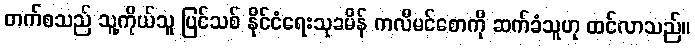
တက်စသည် သူ့ကိုယ်သူ ပြင်သစ် နိုင်ငံရေးသုခမိန် ကလီမင်စောကို ဆက်ခံသူဟု ထင်လာသည်။